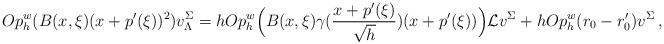
LaTeX: \begin{align*}Op_h^w(B(x,\xi)(x+p'(\xi))^2)v_{\Lambda}^{\Sigma} = h Op_h^w\Big(B(x,\xi)\gamma(\frac{x+p'(\xi)}{\sqrt{h}})(x+p'(\xi))\Big)\mathcal{L}v^{\Sigma} + hOp_h^w(r_0-r'_0)v^{\Sigma}\,,\end{align*}